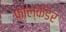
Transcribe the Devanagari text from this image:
फाल्केंडर